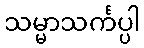
သမ္မာသင်္ကပ္ပါ